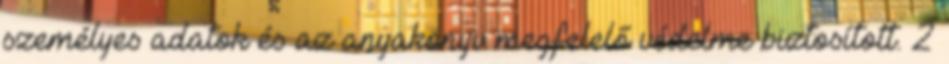
személyes adatok és az anyakönyv megfelelő védelme biztosított. 2